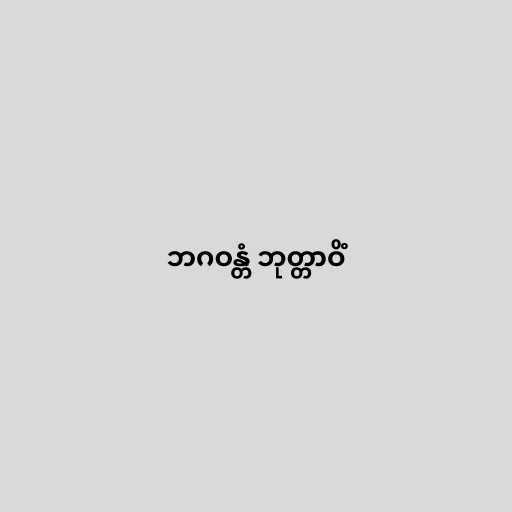
ဘဂဝန္တံ ဘုတ္တာဝိံ